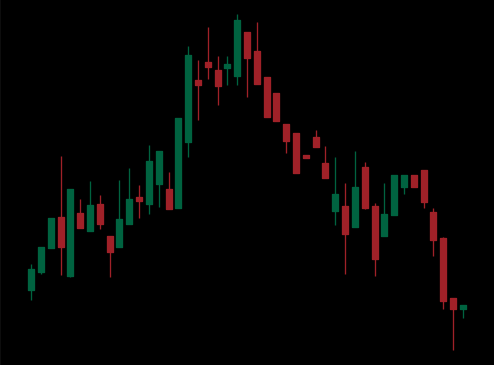
Pattern: head_shoulders